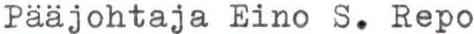
Pääjohtaja Eino S. Repo